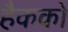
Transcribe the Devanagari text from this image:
हैकको